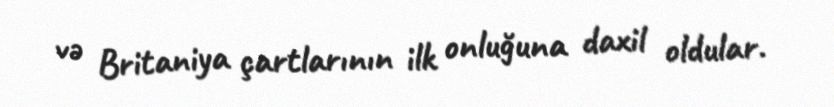
və Britaniya çartlarının ilk onluğuna daxil oldular.